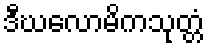
ဒီဃလောမိကသုတ္တံ